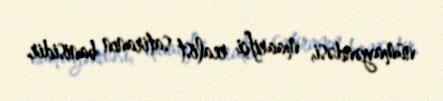
nümayəndəsi, maarifçi realist satiranın banisidir.